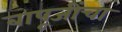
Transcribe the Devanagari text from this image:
बापूजींचा